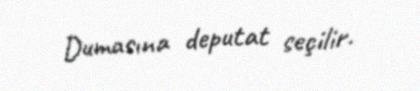
Dumasına deputat seçilir.